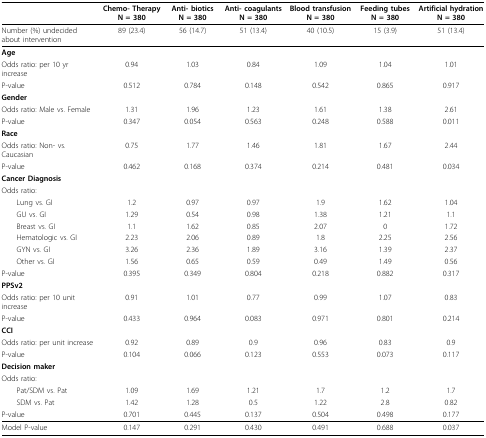
<table><thead><tr><td></td><td><b>Chemo- Therapy N = 380</b></td><td><b>Anti- biotics N = 380</b></td><td><b>Anti- coagulants N = 380</b></td><td><b>Blood transfusion N = 380</b></td><td><b>Feeding tubes N = 380</b></td><td><b>Artificial hydration N = 380</b></td></tr></thead><tbody><tr><td>Number (%) undecided about intervention</td><td>89 (23.4)</td><td>56 (14.7)</td><td>51 (13.4)</td><td>40 (10.5)</td><td>15 (3.9)</td><td>51 (13.4)</td></tr><tr><td><b>Age</b></td><td></td><td></td><td></td><td></td><td></td><td></td></tr><tr><td>Odds ratio: per 10 yr increase</td><td>0.94</td><td>1.03</td><td>0.84</td><td>1.09</td><td>1.04</td><td>1.01</td></tr><tr><td>P-value</td><td>0.512</td><td>0.784</td><td>0.148</td><td>0.542</td><td>0.865</td><td>0.917</td></tr><tr><td><b>Gender</b></td><td></td><td></td><td></td><td></td><td></td><td></td></tr><tr><td>Odds ratio: Male vs. Female</td><td>1.31</td><td>1.96</td><td>1.23</td><td>1.61</td><td>1.38</td><td>2.61</td></tr><tr><td>P-value</td><td>0.347</td><td>0.054</td><td>0.563</td><td>0.248</td><td>0.588</td><td>0.011</td></tr><tr><td><b>Race</b></td><td></td><td></td><td></td><td></td><td></td><td></td></tr><tr><td>Odds ratio: Non- vs. Caucasian</td><td>0.75</td><td>1.77</td><td>1.46</td><td>1.81</td><td>1.67</td><td>2.44</td></tr><tr><td>P-value</td><td>0.462</td><td>0.168</td><td>0.374</td><td>0.214</td><td>0.481</td><td>0.034</td></tr><tr><td><b>Cancer Diagnosis</b></td><td></td><td></td><td></td><td></td><td></td><td></td></tr><tr><td>Odds ratio:</td><td></td><td></td><td></td><td></td><td></td><td></td></tr><tr><td> Lung vs. GI</td><td>1.2</td><td>0.97</td><td>0.97</td><td>1.9</td><td>1.62</td><td>1.04</td></tr><tr><td> GU vs. GI</td><td>1.29</td><td>0.54</td><td>0.98</td><td>1.38</td><td>1.21</td><td>1.1</td></tr><tr><td> Breast vs. GI</td><td>1.1</td><td>1.62</td><td>0.85</td><td>2.07</td><td>0</td><td>1.72</td></tr><tr><td> Hematologic vs. GI</td><td>2.23</td><td>2.06</td><td>0.89</td><td>1.8</td><td>2.25</td><td>2.56</td></tr><tr><td> GYN vs. GI</td><td>3.26</td><td>2.36</td><td>1.89</td><td>3.16</td><td>1.39</td><td>2.37</td></tr><tr><td> Other vs. GI</td><td>1.56</td><td>0.65</td><td>0.59</td><td>0.49</td><td>1.49</td><td>0.56</td></tr><tr><td>P-value</td><td>0.395</td><td>0.349</td><td>0.804</td><td>0.218</td><td>0.882</td><td>0.317</td></tr><tr><td><b>PPSv2</b></td><td></td><td></td><td></td><td></td><td></td><td></td></tr><tr><td>Odds ratio: per 10 unit increase</td><td>0.91</td><td>1.01</td><td>0.77</td><td>0.99</td><td>1.07</td><td>0.83</td></tr><tr><td>P-value</td><td>0.433</td><td>0.964</td><td>0.083</td><td>0.971</td><td>0.801</td><td>0.214</td></tr><tr><td><b>CCI</b></td><td></td><td></td><td></td><td></td><td></td><td></td></tr><tr><td>Odds ratio: per unit increase</td><td>0.92</td><td>0.89</td><td>0.9</td><td>0.96</td><td>0.83</td><td>0.9</td></tr><tr><td>P-value</td><td>0.104</td><td>0.066</td><td>0.123</td><td>0.553</td><td>0.073</td><td>0.117</td></tr><tr><td><b>Decision maker</b></td><td></td><td></td><td></td><td></td><td></td><td></td></tr><tr><td>Odds ratio:</td><td></td><td></td><td></td><td></td><td></td><td></td></tr><tr><td> Pat/SDM vs. Pat</td><td>1.09</td><td>1.69</td><td>1.21</td><td>1.7</td><td>1.2</td><td>1.7</td></tr><tr><td> SDM vs. Pat</td><td>1.42</td><td>1.28</td><td>0.5</td><td>1.22</td><td>2.8</td><td>0.82</td></tr><tr><td>P-value</td><td>0.701</td><td>0.445</td><td>0.137</td><td>0.504</td><td>0.498</td><td>0.177</td></tr><tr><td>Model P-value</td><td>0.147</td><td>0.291</td><td>0.430</td><td>0.491</td><td>0.688</td><td>0.037</td></tr></tbody></table>